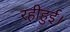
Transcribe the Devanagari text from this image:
रहीहुई।